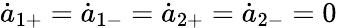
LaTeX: \dot{a}_{1+}=\dot{a}_{1-}=\dot{a}_{2+}=\dot{a}_{2-}=0